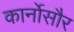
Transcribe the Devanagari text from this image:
कार्नोसौर